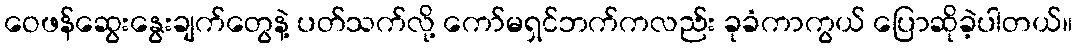
ဝေဖန်ဆွေးနွေးချက်တွေနဲ့ ပတ်သက်လို့ ကော်မရှင်ဘက်ကလည်း ခုခံကာကွယ် ပြောဆိုခဲ့ပါတယ်။